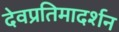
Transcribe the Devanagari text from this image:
देवप्रतिमादर्शन